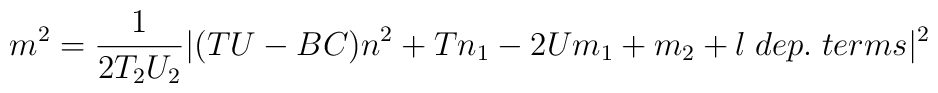
m^2 = \frac{1}{2 T_2 U_2} |(TU-BC) n^2 + Tn_1 -2 U m_1 + m_2 + l\;dep.\;terms|^2